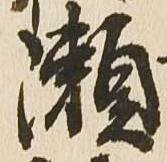
瀬